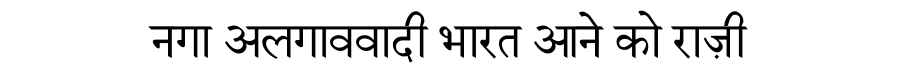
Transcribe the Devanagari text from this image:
नगा अलगाववादी भारत आने को राज़ी